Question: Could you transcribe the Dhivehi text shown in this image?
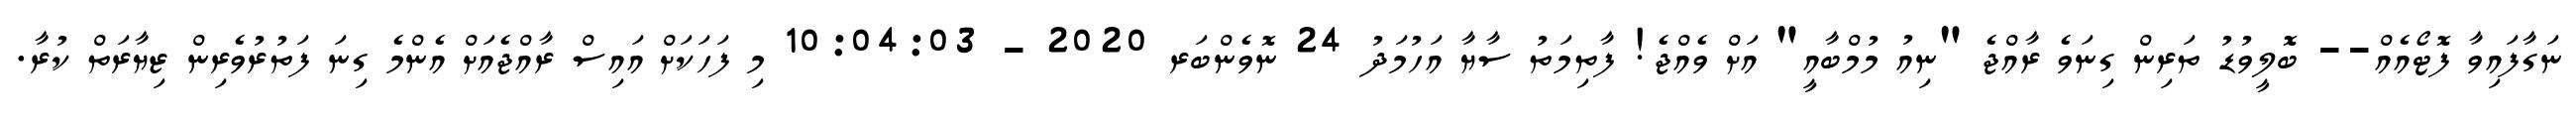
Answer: ނަގާފައިވާ ފޮޓޯއެއް-- ބޮލީވުޑު ތަރިން ގިނަވެ ރާއްޖެ "ނިއު މުމްބާއީ" އަށް ވެއްޖެ! ފާތިމަތު ސާޔާ އަހުމަދު 24 ނޮވެންބަރ 2020 - 10:04:03 މި ފަހަކަށް އައިސް ރާއްޖެއަށް އެންމެ ގިނަ ފަތުރުވެރިން ޒިޔާރަތް ކުރާ.